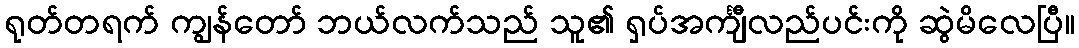
ရုတ်တရက် ကျွန်တော် ဘယ်လက်သည် သူ၏ ရှပ်အင်္ကျီလည်ပင်းကို ဆွဲမိလေပြီ။